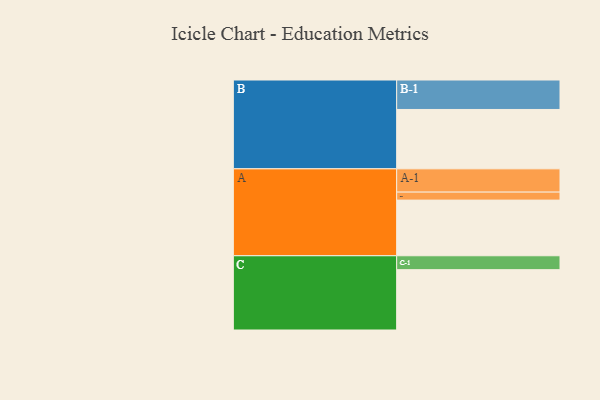
{"axis": {"x": "Segment", "y": "Value"}, "legend": ["", "A", "B", "C"], "data": [{"x": "A", "y": 404, "type": ""}, {"x": "B", "y": 431, "type": ""}, {"x": "C", "y": 438, "type": ""}, {"x": "A-1", "y": 169, "type": "A"}, {"x": "A-2", "y": 58, "type": "A"}, {"x": "B-1", "y": 214, "type": "B"}, {"x": "C-1", "y": 101, "type": "C"}]}